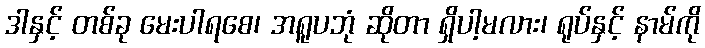
ဒါနှင့် တစ်ခု မေးပါရစေ၊ အရူပဘုံ ဆိုတာ ရှိပါ့မလား၊ ရုပ်နှင့် နာမ်ကို